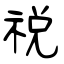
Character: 祱